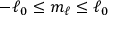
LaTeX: - \ell _ { 0 } \leq m _ { \ell } \leq \ell _ { 0 }